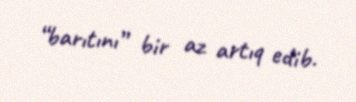
“barıtını” bir az artıq edib.